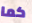
كما